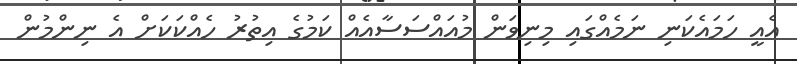
އެއީ ހަމައެކަނި ނަމެއްގައި މިނިވަން މުއައްސަސާއެއް ކަމުގެ އިތުރު ހެއްކަކަށް އެ ނިންމުން